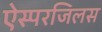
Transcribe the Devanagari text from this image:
ऐस्परजिलस